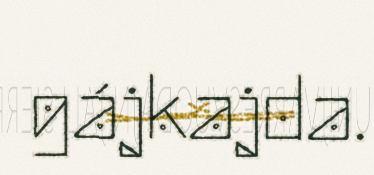
gájkajda.